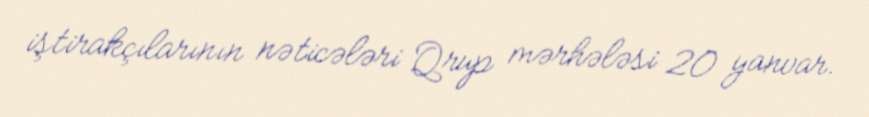
iştirakçılarının nəticələri Qrup mərhələsi 20 yanvar.